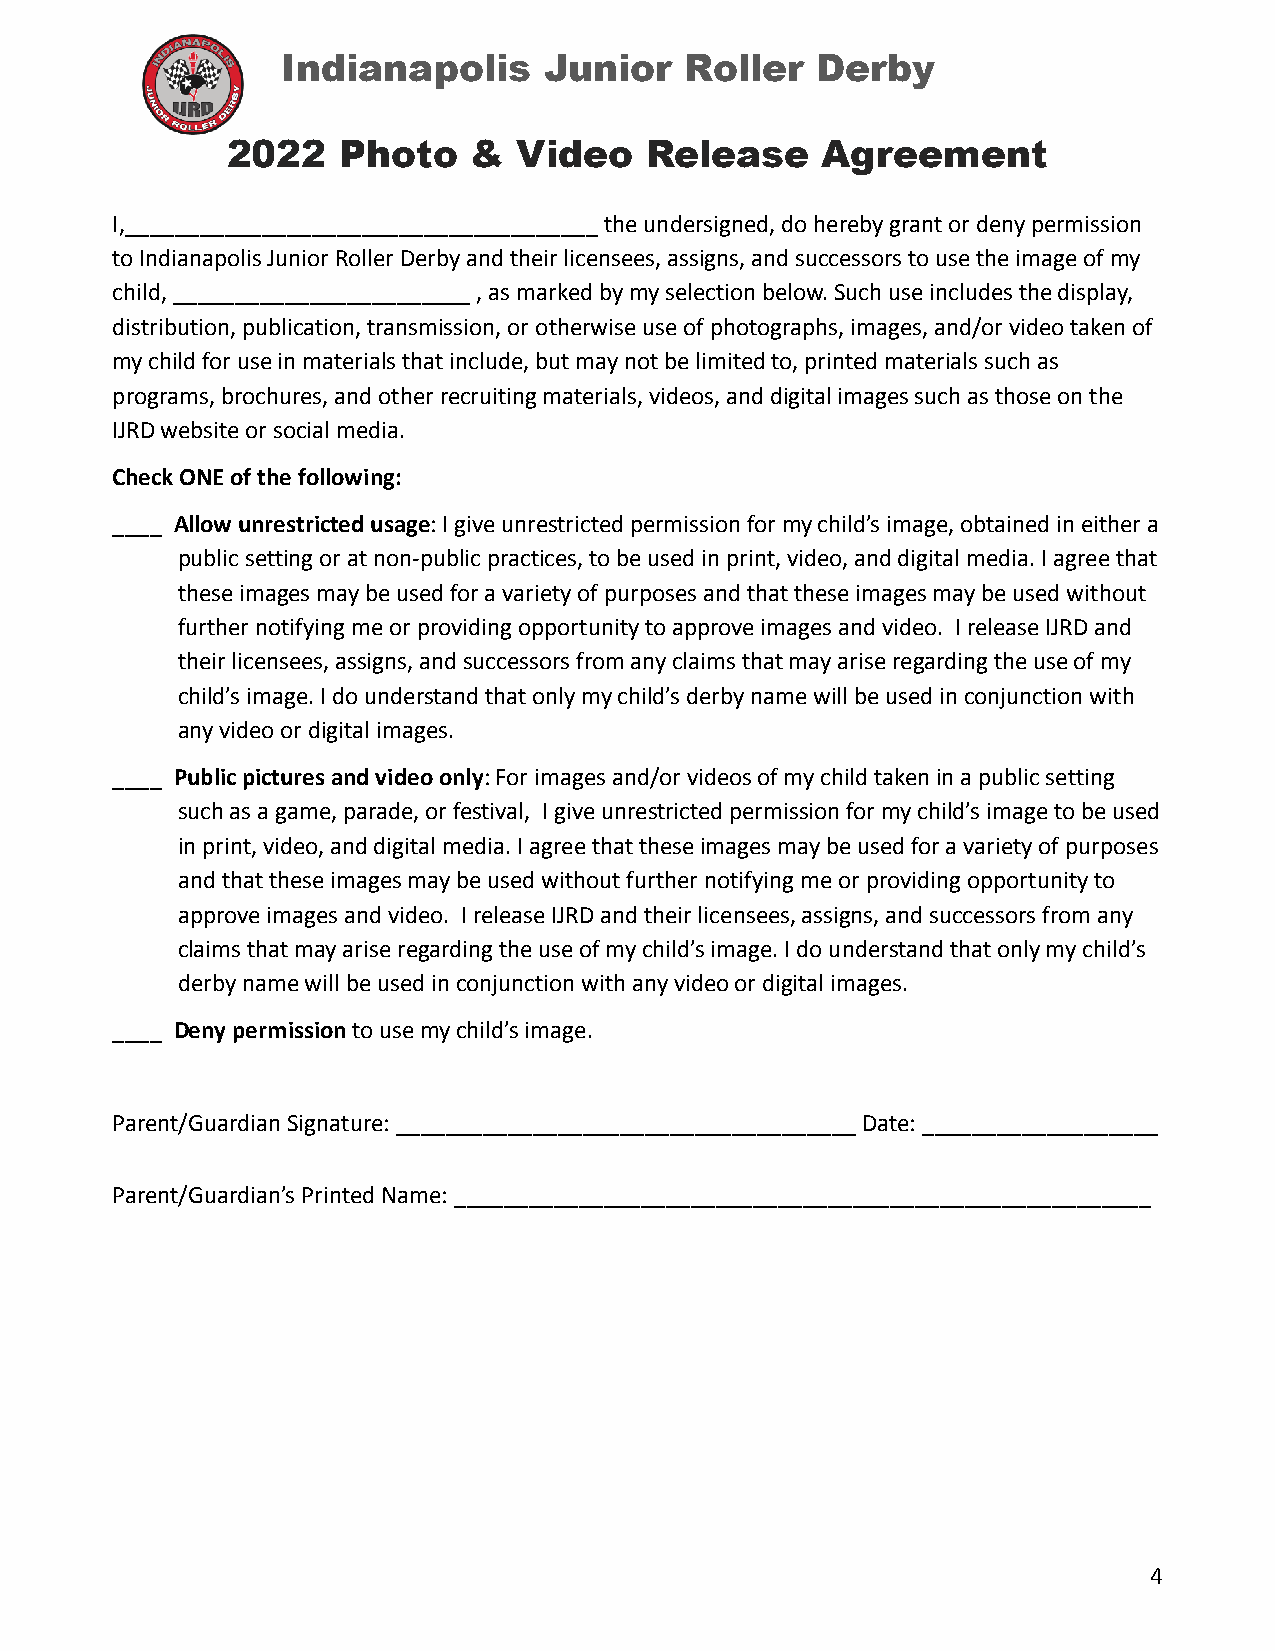
Indianapolis     Junior   Roller   Derby
 2022   Photo    &  Video    Release    Agreement
 I,______________________________________ the undersigned, do hereby grant or deny permission
 to Indianapolis Junior Roller Derby and their licensees, assigns, and successors to use the image of my
 child, ________________________ , as marked by my selection below. Such use includes the display,
 distribution, publication, transmission, or otherwise use of photographs, images, and/or video taken of
 my child for use in materials that include, but may not be limited to, printed materials such as
 programs, brochures, and other recruiting materials, videos, and digital images such as those on the
 IJRD website or social media.
 Check ONE of the following:
 ____ Allow unrestricted usage: I give unrestrictedpermission for my child’s image, obtained in either a
 public setting or at non-public practices, to be used in print, video, and digital media. I agree that
 these images may be used for a variety of purposes and that these images may be used without
 further notifying me or providing opportunity to approve images and video. I release IJRD and
 their licensees, assigns, and successors from any claims that may arise regarding the use of my
 child’s image. I do understand that only my child’s derby name will be used in conjunction with
 any video or digital images.
 ____ Public pictures and video only: For images and/orvideos of my child taken in a public setting
 such as a game, parade, or festival, I give unrestricted permission for my child’s image to be used
 in print, video, and digital media. I agree that these images may be used for a variety of purposes
 and that these images may be used without further notifying me or providing opportunity to
 approve images and video. I release IJRD and their licensees, assigns, and successors from any
 claims that may arise regarding the use of my child’s image. I do understand that only my child’s
 derby name will be used in conjunction with any video or digital images.
 ____ Deny permissionto use my child’s image.
 Parent/Guardian Signature: _____________________________________ Date: ___________________
 Parent/Guardian’s Printed Name: ________________________________________________________
 4